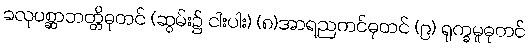
ခလုပစ္ဆာဘတ္တိဓုတင် (ဆွမ်း၌ ငါးပါး) (၈)အာရညကင်ဓုတင် (၉) ရုက္ခမူဓုတင်